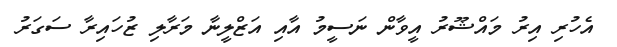
އެހުރި އިރު މައްޝޫރު އީވާން ނަސީމު އާއި އަޒްލީނާ މަރާލި ޒުހައިރާ ސަގަރު